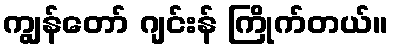
ကျွန်တော် ဂျင်းန် ကြိုက်တယ်။